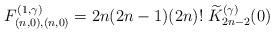
LaTeX: \begin{align*}F^{(1,\gamma)}_{(n,0),(n,0)}=2n(2n-1)(2n)!\;\widetilde{K}^{(\gamma)}_{2n-2}(0)\end{align*}